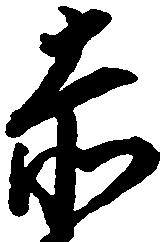
赤